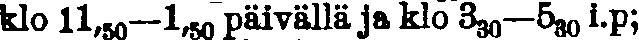
klo 11,₅₀— 1,₅₀ päivällä ja klo 3₃₀—5₃₀ i.p;